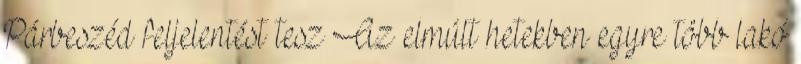
Párbeszéd feljelentést tesz Az elmúlt hetekben egyre több lakó